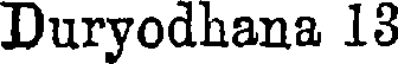
Duryodhana 13